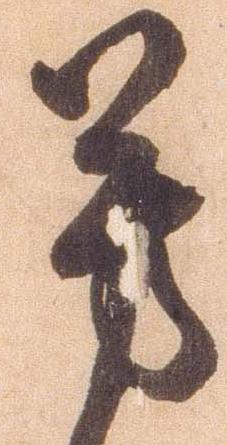
芳